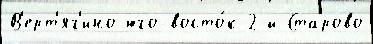
В'ерт'яг'ино юго-восто́к 2-й Старово